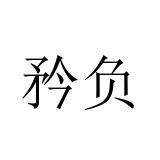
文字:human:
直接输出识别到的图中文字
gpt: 矜负